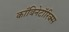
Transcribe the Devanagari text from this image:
काँबिनेटॉरिक्स